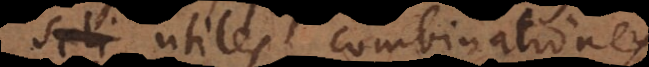
seli utiles combinationes